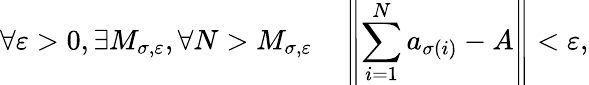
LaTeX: \forall\varepsilon>0,\exists M_{\sigma,\varepsilon},\forall N>M_{\sigma,\varepsilon}\quad\left\| \sum_{i=1}^{N}a_{\sigma(i)}-A\right\| <\varepsilon,